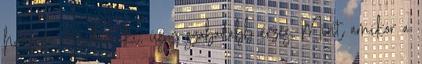
hadarva mondom ki, úgy szabadabb érzés. Mint amikor a